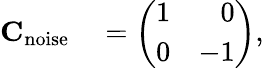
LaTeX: \begin{array}{rl}{\mathbf{C}_{\mathrm{noise}}}&{{}=\left(\begin{array}{ll}{1}&{\phantom{-}0}\\ {0}&{-1}\end{array}\right),}\end{array}